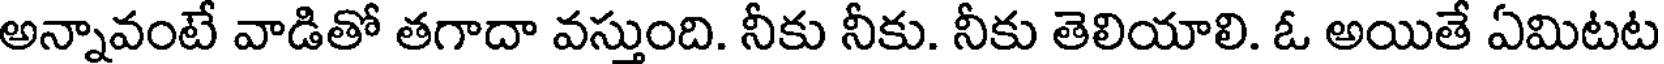
అన్నావంటే వాడితో తగాదా వస్తుంది. నీకు నీకు. నీకు తెలియాలి. ఓ అయితే ఏమిటట